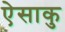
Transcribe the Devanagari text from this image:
ऐसाकु